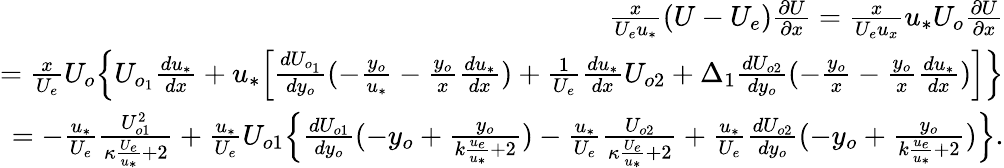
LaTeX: \begin{array}{r}{\frac{x}{U_{e}u_{*}}(U-U_{e})\frac{\partial U}{\partial x}=\frac{x}{U_{e}u_{x}}u_{*}U_{o}\frac{\partial U}{\partial x}}\\ {=\frac{x}{U_{e}}U_{o}\Big\{ U_{o_{1}}\frac{du_{*}}{dx}+u_{*}\Big[\frac{dU_{o_{1}}}{dy_{o}}(-\frac{y_{o}}{u_{*}}-\frac{y_{o}}{x}\frac{du_{*}}{dx})+\frac{1}{U_{e}}\frac{du_{*}}{dx}U_{o2}+\Delta_{1}\frac{dU_{o2}}{dy_{o}}(-\frac{y_{o}}{x}-\frac{y_{o}}{x}\frac{du_{*}}{dx})\Big]\Big\} }\\ {=-\frac{u_{*}}{U_{e}}\frac{U_{o1}^{2}}{\kappa\frac{U_{e}}{u_{*}}+2}+\frac{u_{*}}{U_{e}}U_{o1}\Big\{ \frac{dU_{o1}}{dy_{o}}(-y_{o}+\frac{y_{o}}{k\frac{u_{e}}{u_{*}}+2})-\frac{u_{*}}{U_{e}}\frac{U_{o2}}{\kappa\frac{U_{e}}{u_{*}}+2}+\frac{u_{*}}{U_{e}}\frac{dU_{o2}}{dy_{o}}(-y_{o}+\frac{y_{o}}{k\frac{u_{e}}{u_{*}}+2})\Big\} .}\end{array}